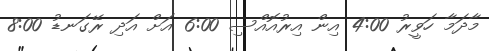
މާދަމާ ހަވީރު 4:00 އިން އިރުއޮއްސި 6:00 އަށް އަދި ރޭގަނޑު 8:00